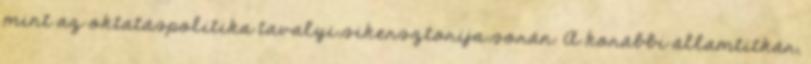
mint az oktatáspolitika tavalyi sikersztorija során. A korábbi államtitkár,